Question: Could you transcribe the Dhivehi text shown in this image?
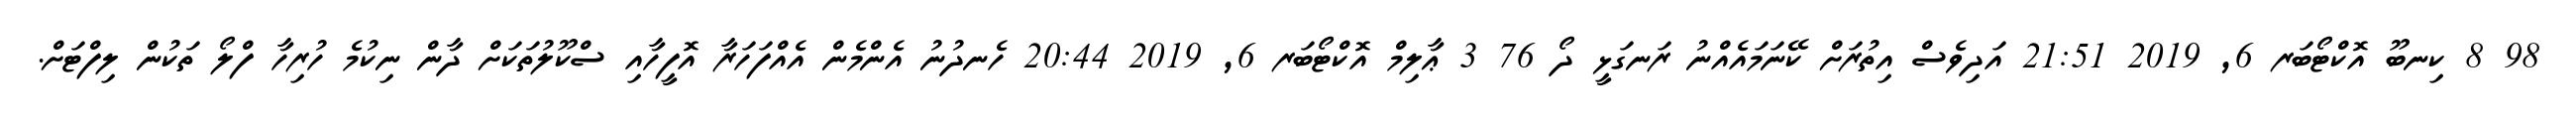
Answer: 98 8 ކިނބޫ އޮކްޓޯބަރ 6, 2019 21:51 އަދިވެސް އިތުރަށް ކޭނަމައެއްނު ރަނގަޅީ ދޯ 76 3 ޢާލިމް އޮކްޓޯބަރ 6, 2019 20:44 ހެނދުނު އެންމެން އެއްފަހަރާ އޮފީހާއި ސްކޫލުތަކަށް ދާން ނިކުމެ ހުރިހާ ފްލޯ ތަކުން ލިފްޓަށް.